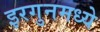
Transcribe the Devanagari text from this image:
इरगुनमध्ये